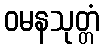
ဝမနသုတ္တံ